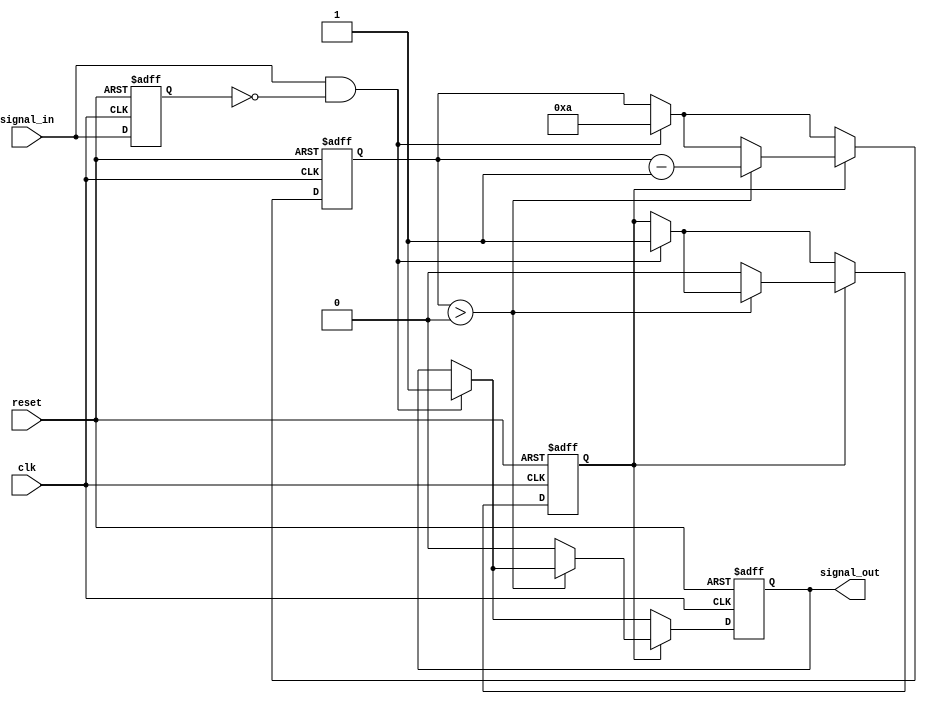
module monostable_edge_detector #(
    parameter PULSE_WIDTH = 10, // Pulse width in clock cycles
    parameter EDGE_TYPE = 2'b01  // 2'b00: none, 2'b01: rising, 2'b10: falling, 2'b11: both
)(
    input wire clk,              // System clock
    input wire reset,            // Asynchronous reset
    input wire signal_in,        // Input signal
    output reg signal_out        // Output pulse
);

    // State storage
    reg signal_in_prev;

    // Pulse width counter
    reg [3:0] pulse_counter; // Assuming PULSE_WIDTH <= 16 for this example
    reg pulse_active;

    // Edge detection logic
    wire rising_edge = (signal_in && !signal_in_prev);
    wire falling_edge = (!signal_in && signal_in_prev);

    // Edge detection based on configuration
    wire edge_detected = (EDGE_TYPE == 2'b01 && rising_edge) || 
                         (EDGE_TYPE == 2'b10 && falling_edge) || 
                         (EDGE_TYPE == 2'b11 && (rising_edge || falling_edge));

    // Sequential logic
    always @(posedge clk or posedge reset) begin
        if (reset) begin
            signal_in_prev <= 1'b0;
            signal_out <= 1'b0;
            pulse_counter <= 4'b0;
            pulse_active <= 1'b0;
        end else begin
            // Store the previous state of the input signal
            signal_in_prev <= signal_in;

            // Pulse generation logic
            if (edge_detected) begin
                signal_out <= 1'b1; // Start pulse
                pulse_counter <= PULSE_WIDTH; // Load pulse width
                pulse_active <= 1'b1; // Indicate pulse is active
            end

            // Pulse width counter
            if (pulse_active) begin
                if (pulse_counter > 0) begin
                    pulse_counter <= pulse_counter - 1;
                end else begin
                    signal_out <= 1'b0; // End pulse
                    pulse_active <= 1'b0; // Reset pulse active flag
                end
            end
        end
    end

endmodule